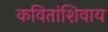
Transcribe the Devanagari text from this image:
कवितांशिवाय